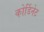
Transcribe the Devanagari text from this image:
कोर्डिनेट